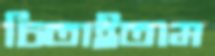
চিতাইতাম